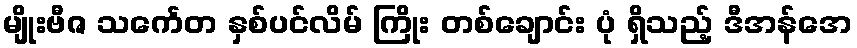
မျိုးဗီဇ သင်္ကေတ နှစ်ပင်လိမ် ကြိုး တစ်ချောင်း ပုံ ရှိသည့် ဒီအန်အေ